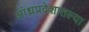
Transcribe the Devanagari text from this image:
आंध्रप्रदेशातल्या